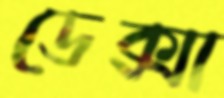
ডেক্সা